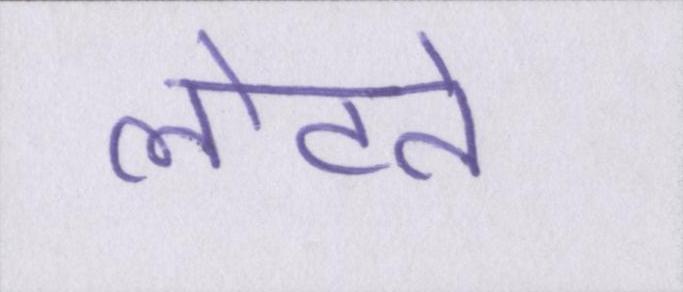
लौटते